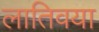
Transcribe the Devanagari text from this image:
लातिवया